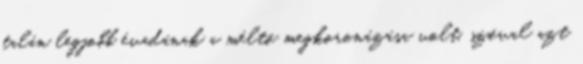
talán legjobb évadának a méltó megkoronázása volt, szóval azt